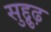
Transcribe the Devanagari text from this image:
सुद्दुृढ़